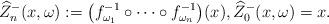
LaTeX: \begin{align*} \widehat{Z}^{-}_n(x,\omega) :=\bigl(f_{\omega_1}^{-1} \circ\cdots\circ f_{\omega_n}^{-1}\bigr) (x),\widehat{Z}^{-}_0(x,\omega)= x.\end{align*}